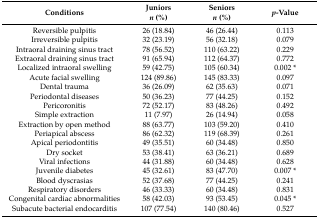
<table><thead><tr><td><b>Conditions</b></td><td><b>Juniors <i>n</i> (%)</b></td><td><b>Seniors <i>n</i> (%)</b></td><td><b><i>p</i>-Value</b></td></tr></thead><tbody><tr><td>Reversible pulpitis</td><td>26 (18.84)</td><td>46 (26.44)</td><td>0.113</td></tr><tr><td>Irreversible pulpitis</td><td>32 (23.19)</td><td>56 (32.18)</td><td>0.079</td></tr><tr><td>Intraoral draining sinus tract</td><td>78 (56.52)</td><td>110 (63.22)</td><td>0.229</td></tr><tr><td>Extraoral draining sinus tract</td><td>91 (65.94)</td><td>112 (64.37)</td><td>0.772</td></tr><tr><td>Localized intraoral swelling</td><td>59 (42.75)</td><td>105 (60.34)</td><td>0.002 *</td></tr><tr><td>Acute facial swelling</td><td>124 (89.86)</td><td>145 (83.33)</td><td>0.097</td></tr><tr><td>Dental trauma</td><td>36 (26.09)</td><td>62 (35.63)</td><td>0.071</td></tr><tr><td>Periodontal diseases</td><td>50 (36.23)</td><td>77 (44.25)</td><td>0.152</td></tr><tr><td>Pericoronitis</td><td>72 (52.17)</td><td>83 (48.26)</td><td>0.492</td></tr><tr><td>Simple extraction</td><td>11 (7.97)</td><td>26 (14.94)</td><td>0.058</td></tr><tr><td>Extraction by open method</td><td>88 (63.77)</td><td>103 (59.20)</td><td>0.410</td></tr><tr><td>Periapical abscess</td><td>86 (62.32)</td><td>119 (68.39)</td><td>0.261</td></tr><tr><td>Apical periodontitis</td><td>49 (35.51)</td><td>60 (34.48)</td><td>0.850</td></tr><tr><td>Dry socket</td><td>53 (38.41)</td><td>63 (36.21)</td><td>0.689</td></tr><tr><td>Viral infections</td><td>44 (31.88)</td><td>60 (34.48)</td><td>0.628</td></tr><tr><td>Juvenile diabetes</td><td>45 (32.61)</td><td>83 (47.70)</td><td>0.007 *</td></tr><tr><td>Blood dyscrasias</td><td>52 (37.68)</td><td>77 (44.25)</td><td>0.241</td></tr><tr><td>Respiratory disorders</td><td>46 (33.33)</td><td>60 (34.48)</td><td>0.831</td></tr><tr><td>Congenital cardiac abnormalities</td><td>58 (42.03)</td><td>93 (53.45)</td><td>0.045 *</td></tr><tr><td>Subacute bacterial endocarditis</td><td>107 (77.54)</td><td>140 (80.46)</td><td>0.527</td></tr></tbody></table>